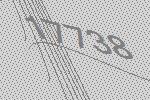
17738